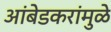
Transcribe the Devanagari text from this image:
आंबेडकरांमुळे